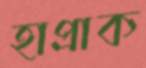
হাপ্‌রাক